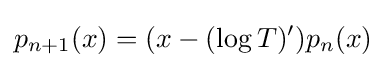
p_{n+1}(x)=(x-(\log T)')p_{n}(x)